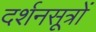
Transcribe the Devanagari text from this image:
दर्शनसूत्रों